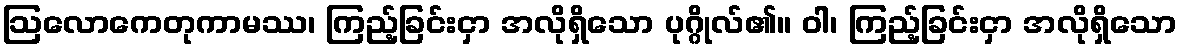
ဩလောကေတုကာမဿ၊ ကြည့်ခြင်းငှာ အလိုရှိသော ပုဂ္ဂိုလ်၏။ ဝါ၊ ကြည့်ခြင်းငှာ အလိုရှိသော